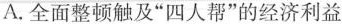
A.全面整顿触及”四人帮”的经济利益